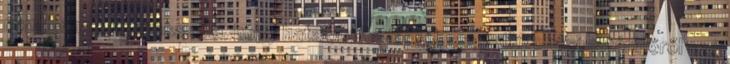
nem lenne tudomása róla, hogy hatalomátadásról, csapatkivonási határidőről szó